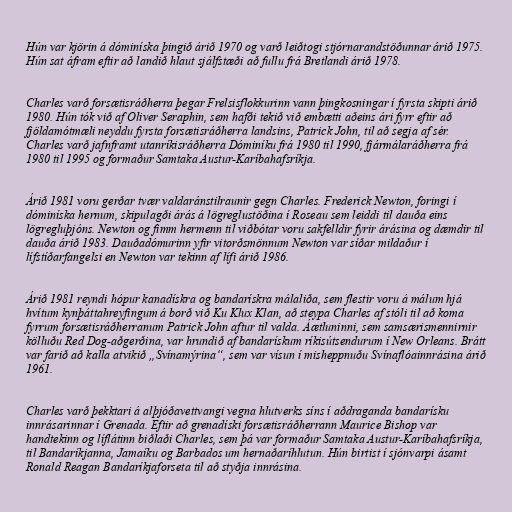
Hún var kjörin á dóminíska þingið árið 1970 og varð leiðtogi stjórnarandstöðunnar árið 1975.
Hún sat áfram eftir að landið hlaut sjálfstæði að fullu frá Bretlandi árið 1978.

Charles varð forsætisráðherra þegar Frelsisflokkurinn vann þingkosningar í fyrsta skipti árið
1980. Hún tók við af Oliver Seraphin, sem hafði tekið við embætti aðeins ári fyrr eftir að
fjöldamótmæli neyddu fyrsta forsætisráðherra landsins, Patrick John, til að segja af sér.
Charles varð jafnframt utanríkisráðherra Dóminíku frá 1980 til 1990, fjármálaráðherra frá
1980 til 1995 og formaður Samtaka Austur-Karíbahafsríkja.

Árið 1981 voru gerðar tvær valdaránstilraunir gegn Charles. Frederick Newton, foringi í
dóminíska hernum, skipulagði árás á lögreglustöðina í Roseau sem leiddi til dauða eins
lögregluþjóns. Newton og fimm hermenn til viðbótar voru sakfelldir fyrir árásina og dæmdir til
dauða árið 1983. Dauðadómurinn yfir vitorðsmönnum Newton var síðar mildaður í
lífstíðarfangelsi en Newton var tekinn af lífi árið 1986.

Árið 1981 reyndi hópur kanadískra og bandarískra málaliða, sem flestir voru á málum hjá
hvítum kynþáttahreyfingum á borð við Ku Klux Klan, að steypa Charles af stóli til að koma
fyrrum forsætisráðherranum Patrick John aftur til valda. Áætluninni, sem samsærismennirnir
kölluðu Red Dog-aðgerðina, var hrundið af bandarískum ríkisútsendurum í New Orleans. Brátt
var farið að kalla atvikið „Svínamýrina“, sem var vísun í misheppnuðu Svínaflóainnrásina árið
1961.

Charles varð þekktari á alþjóðavettvangi vegna hlutverks síns í aðdraganda bandarísku
innrásarinnar í Grenada. Eftir að grenadíski forsætisráðherrann Maurice Bishop var
handtekinn og líflátinn biðlaði Charles, sem þá var formaður Samtaka Austur-Karíbahafsríkja,
til Bandaríkjanna, Jamaíku og Barbados um hernaðaríhlutun. Hún birtist í sjónvarpi ásamt
Ronald Reagan Bandaríkjaforseta til að styðja innrásina.